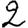
Digit: 2